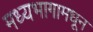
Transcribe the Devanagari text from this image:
मध्यभागामधून